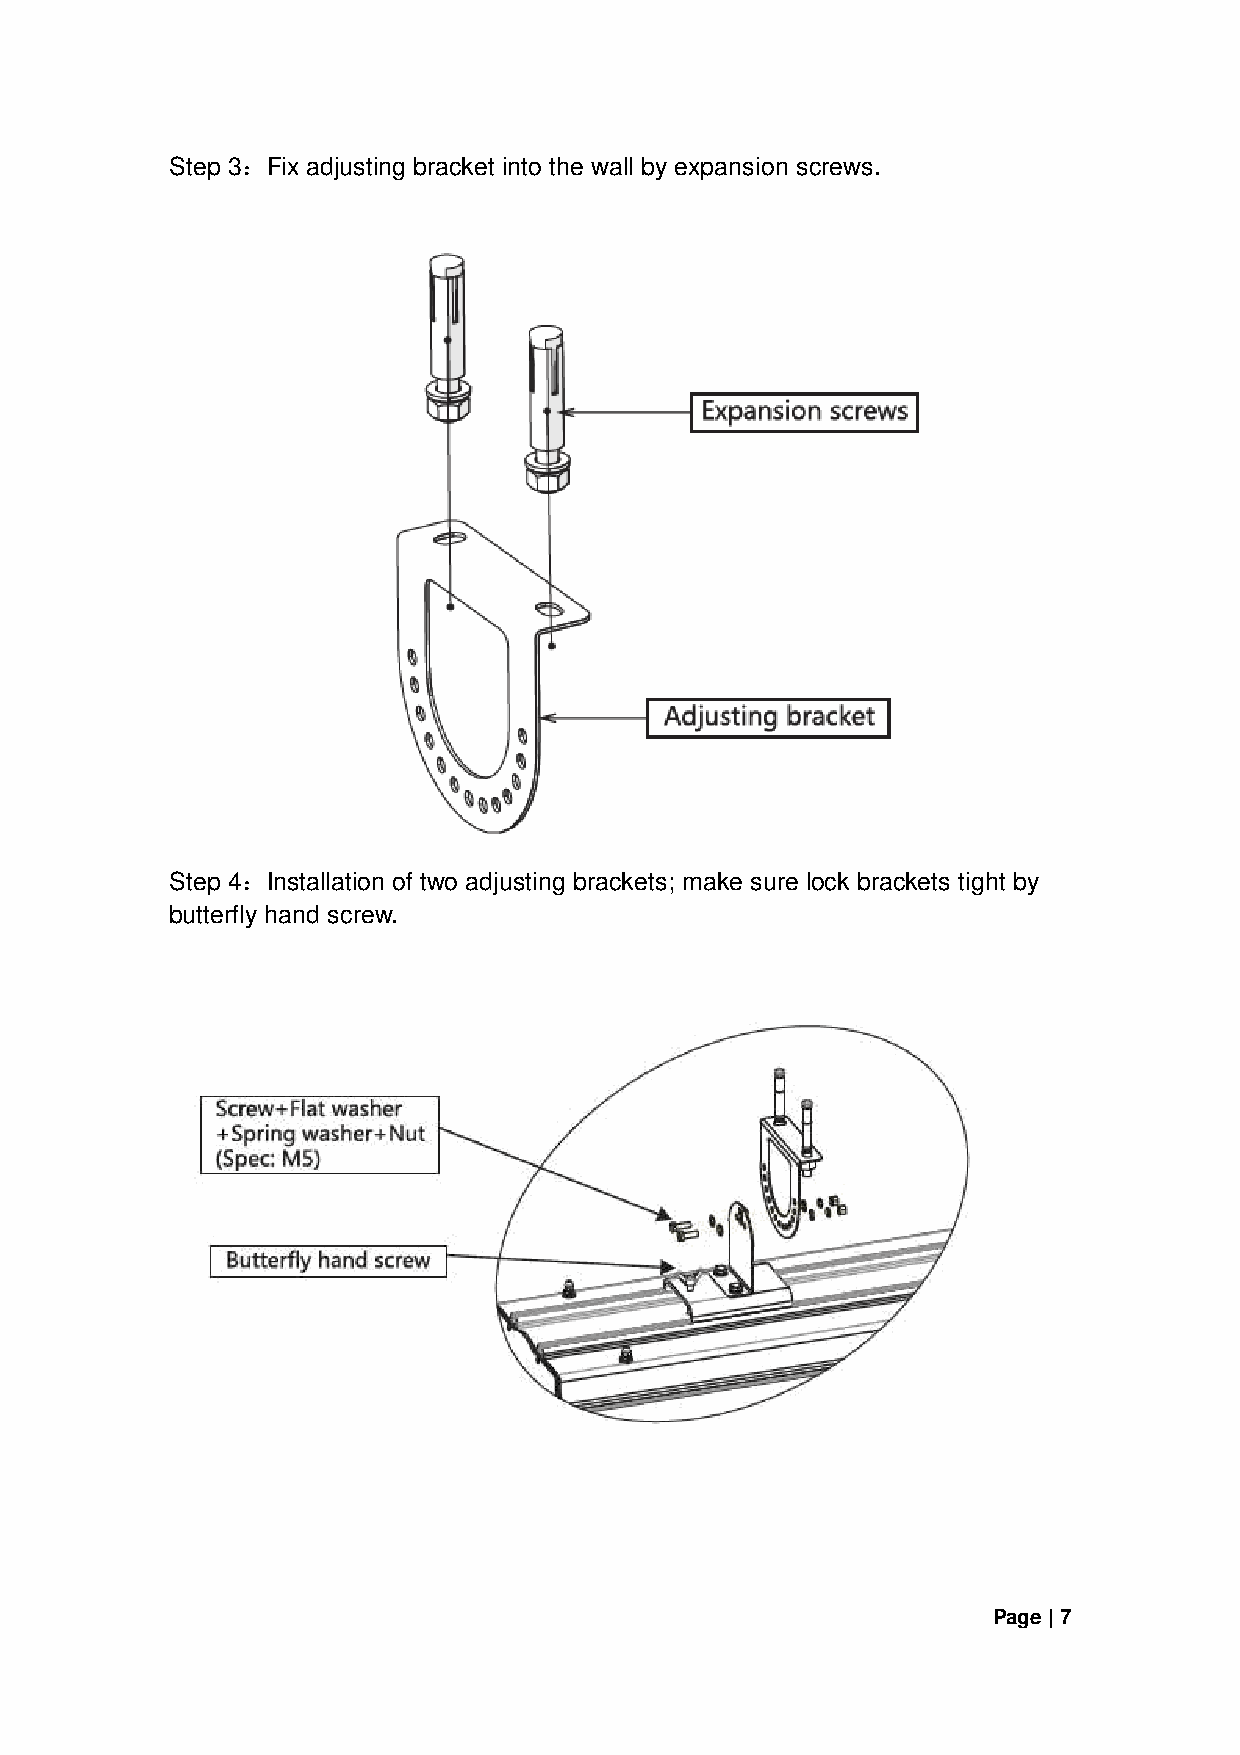
Step 3：Fix adjusting bracket into the wall by expansion screws.
 Step 4：Installation of two adjusting brackets; make sure lock brackets tight by
 butterfly hand screw.
 Page | 7